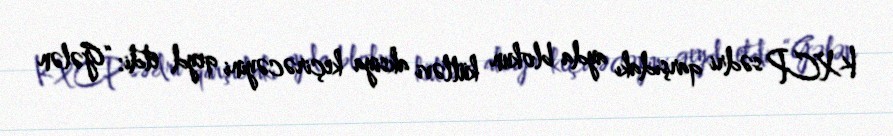
KXCP sədri qarşıdakı ayda blokun kütləvi aksiya keçirəcəyini qeyd etdi: “Gələn